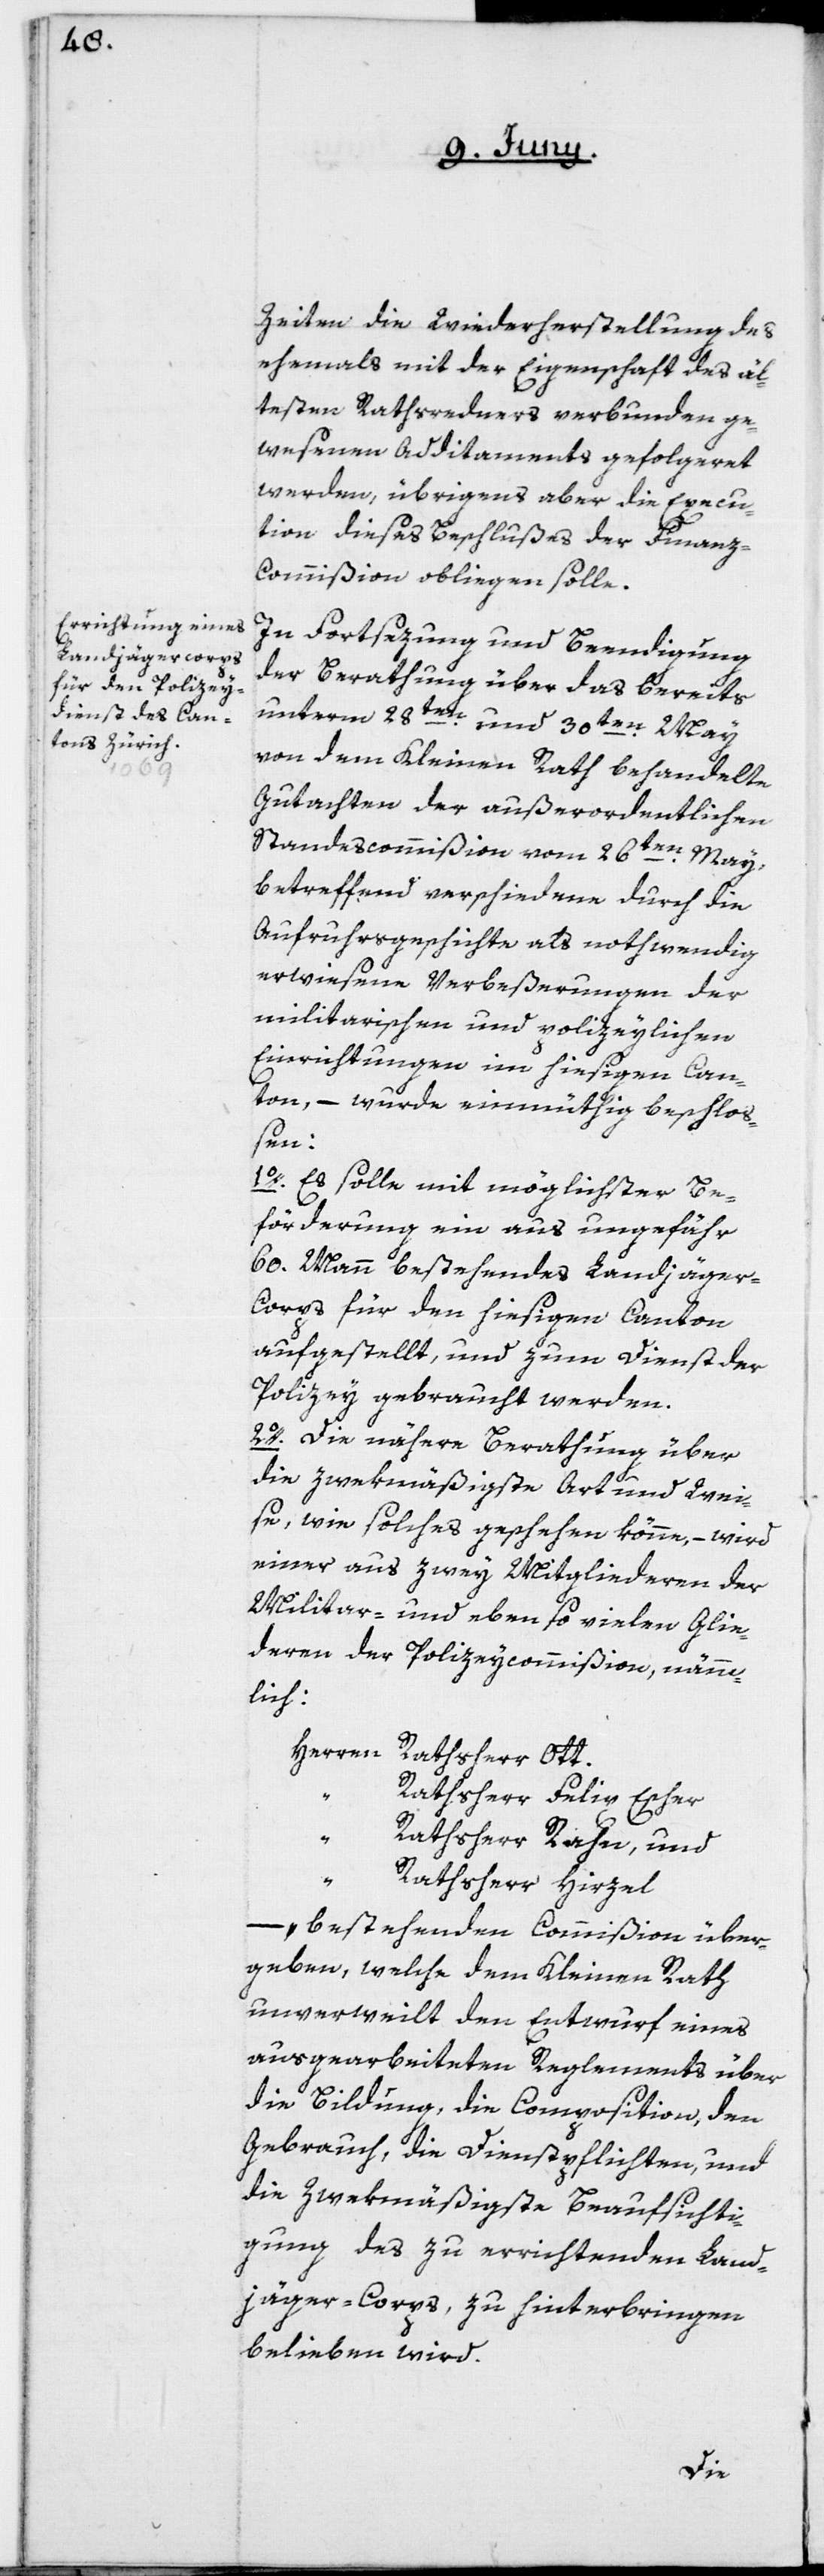
Zeiten die Wiederherstellung des
ehemals mit der Eigenschaft des äl¬
testen Rathsredners verbunden ge¬
wesenen Additaments gefolgeret
werden, übrigens aber die Execu¬
tion dieses Beschlußes der Finan¬
z-Commißion obliegen solle.
In Fortsezung und Beendigung
der Berathung über das bereits
unterm 28ten und 30ten May
von dem Kleinen Rath behandelte
Gutachten der außerordentlichen
Standescommißion vom 26ten May,
betreffend verschiedene durch die
Aufruhrsgeschichte als nothwendig
erwiesene Verbeßerungen der
militarischen und polizeylichen
Einrichtungen im hiesigen Can¬
ton, – wurde einmüthig beschlo¬
ßen:
1o. Es solle mit möglichster Be¬
förderung ein aus ungefähr
60. Mann bestehendes Landjäge¬
r-Corps für den hiesigen Canton
aufgestellt, und zum Dienst der
Polizey gebraucht werden.
2o. Die nähere Berathung über
die zwekmäßigste Art und Wei¬
se, wie solches geschehen könne, – wird
einer aus zwey Mitgliedern der
Militar- und ebenso vielen Glie¬
deren der Polizeycommißion, nämm¬
lich:
Herren
Rathsherr Ott
Rathsherr Felix Escher
Rathsherr Rahn, und
Rathsherr Hirzel
– bestehenden Commißion über¬
geben, welche dem Kleinen Rath
unverweilt den Entwurf eines
ausgearbeiteten Reglements über
die Bildung, die Composition, den
Gebrauch, die Dienstpflichten, und
die zwekmäßigste Beaufsichti¬
gung des zu errichtenden Land¬
jäger-Corps, zu hinterbringen
belieben wird.